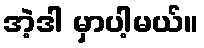
အဲ့ဒါ မှာပါ့မယ်။